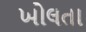
ખોલતા